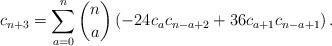
LaTeX: \begin{align*}c_{n+3}= \sum_{a = 0}^n {n \choose a} \left( -24 c_a c_{n -a + 2} + 36c_{a+1} c_{n-a+1} \right).\end{align*}